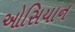
ઓસિયાન